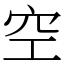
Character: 空